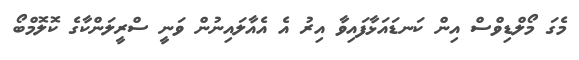
މެގަ މޯލްޑިވްސް އިން ކަނޑައަޅާފައިވާ އިރު އެ އެއާލައިނުން ވަނީ ސްރީލަންކާގެ ކޮލޮމްބޯ